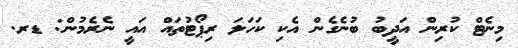
މިނެޓް ކުރިން އަދީބު ބުނެގެން އެކި ކަހަލަ ރިޕޯޓުތައް އައީ ނެރެމުން: ޑރ.